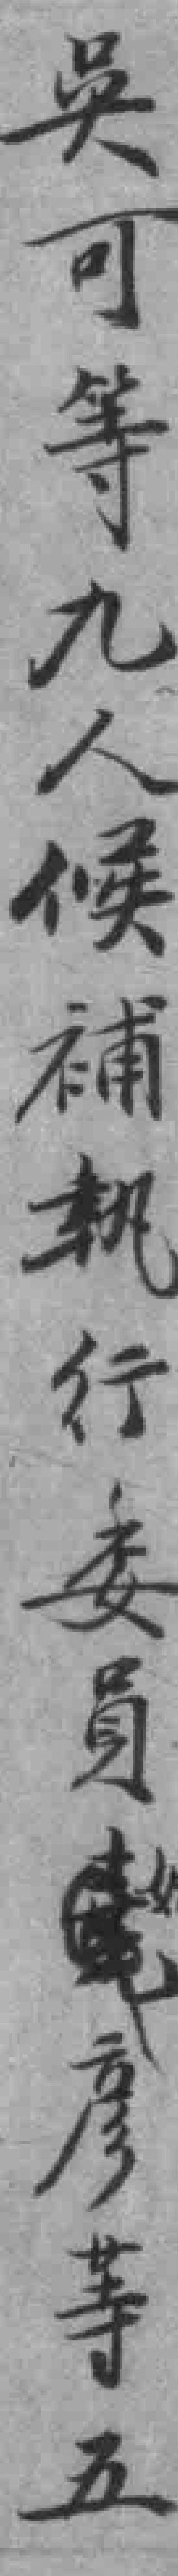
吳可等九人候補執行委員彥等五